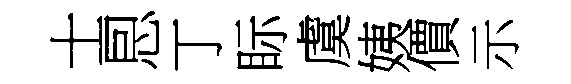
士㤙丁眎虞姨價示